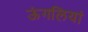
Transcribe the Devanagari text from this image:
ऊंगलियां